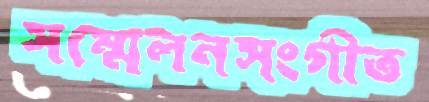
সম্মেলনসংগীত